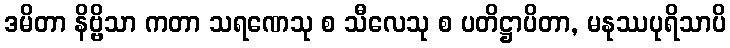
ဒမိတာ နိဗ္ဗိသာ ကတာ သရဏေသု စ သီလေသု စ ပတိဋ္ဌာပိတာ, မနုဿပုရိသာပိ